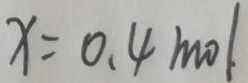
x = 0 . 4 m o l .